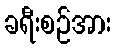
ခရီးစဉ်အား